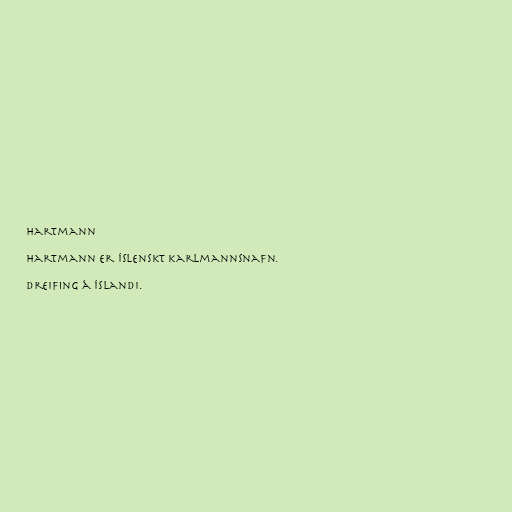
Hartmann

Hartmann er íslenskt karlmannsnafn.

Dreifing á Íslandi.